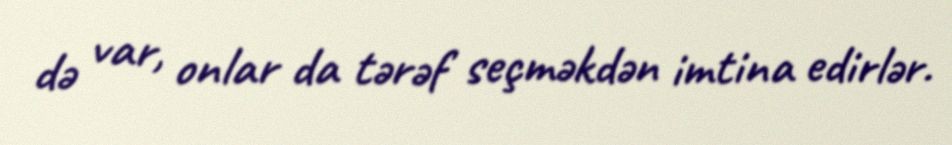
də var, onlar da tərəf seçməkdən imtina edirlər.